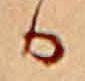
か